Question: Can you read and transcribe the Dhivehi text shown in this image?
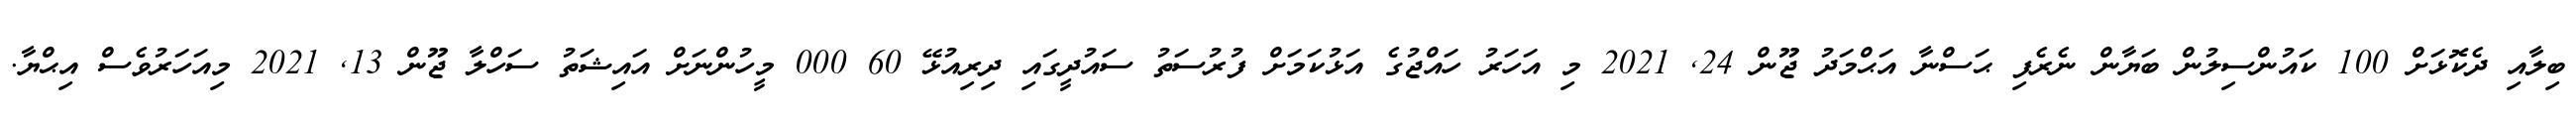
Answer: ބިލާއި ދެކޮޅަށް 100 ކައުންސިލުން ބަޔާން ނެރެފި ޙަސްނާ އަޙްމަދު ޖޫން 24, 2021 މި އަހަރު ހައްޖުގެ އަޅުކަމަށް ފުރުސަތު ސައުދީގައި ދިރިއުޅޭ 60 000 މީހުންނަށް އައިޝަތު ސަހްލާ ޖޫން 13, 2021 މިއަހަރުވެސް އިޙްޔާ.